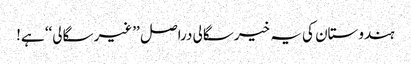
ہندوستان کی یہ خیرسگالی دراصل ’’غیر سگالی‘‘ ہے!